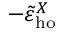
- \tilde { \varepsilon } _ { \mathrm { h o } } ^ { X }